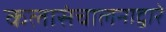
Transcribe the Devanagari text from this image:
कलासंचालनाद्वारे